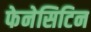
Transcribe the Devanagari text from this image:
फेनेसिटिन